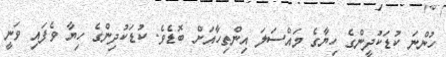
ހުންނަ ކުޑަކުދީންގެ ހިޔާގެ މައްސަލަ އިންތިހާއަށް ބޮޑެވެ. ކުޑަކުދިންގެ ހިޔާ ވެފައި ވަނީ